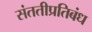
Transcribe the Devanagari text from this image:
संततीप्रतिबंध